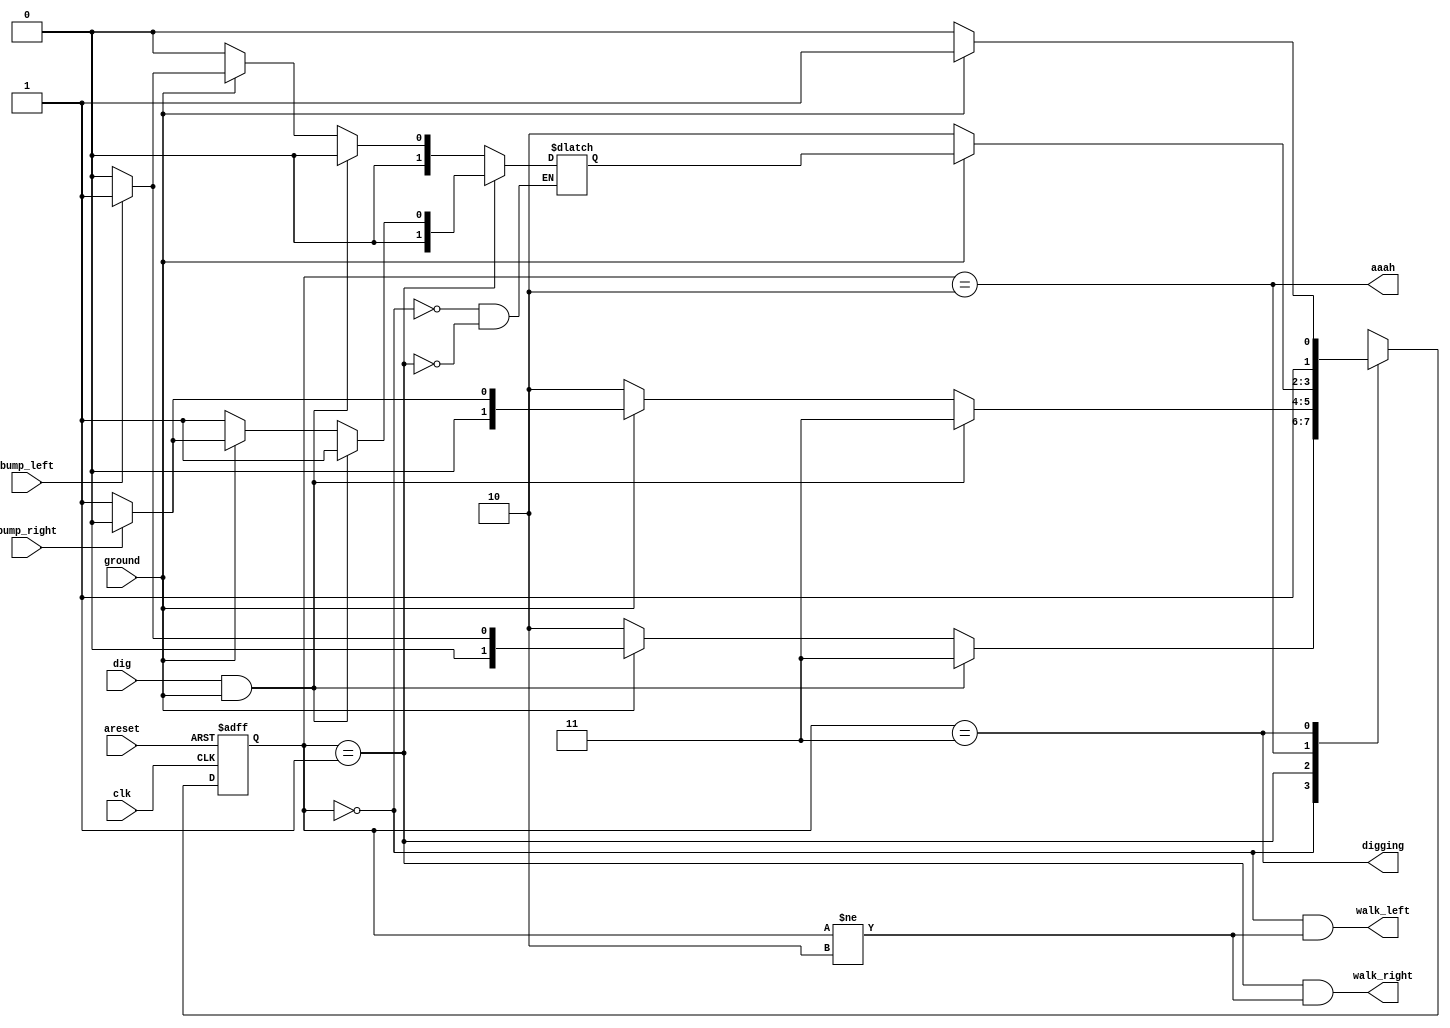
module top_module(
    input clk,
    input areset,    // Freshly brainwashed Lemmings walk left.
    input bump_left,
    input bump_right,
    input ground,
    input dig,
    output walk_left,
    output walk_right,
    output aaah,
    output digging ); 
parameter LEFT=0, RIGHT=1,GROUND=2,DIG=3;
    reg [1:0]state, next_state,prev_state;
    always @(*) begin
        case(state)
            LEFT:begin
                prev_state<=LEFT;
                if(dig & ground) begin next_state<=DIG; end
                else if(~ground) begin next_state<=GROUND; end
                else if(bump_left) begin next_state<=RIGHT;prev_state<=RIGHT; end
                else begin next_state<=LEFT; end
            end
            RIGHT: begin
                prev_state<=RIGHT;
                if(dig & ground) begin next_state<=DIG; end
                else if(~ground) begin next_state<=GROUND; end
                else if(bump_right) begin next_state<=LEFT;prev_state<=LEFT; end
                else begin next_state<=RIGHT; end
            end
            GROUND: begin
                if(ground) next_state<=prev_state;
                else begin next_state<=GROUND;end
            end
            DIG: begin
                if(ground) next_state<=DIG;
                else next_state<=GROUND;
            end
        endcase
    end

    always @(posedge clk, posedge areset) begin
        if(areset) state<=LEFT;
        else 
           	begin 
            	state<=next_state;
            end
    end

    
    assign walk_left = (state == LEFT)&(state!=GROUND);
    assign walk_right = (state == RIGHT)&(state!=GROUND);
    assign aaah = (state==GROUND);
    assign digging = (state==DIG);
endmodule